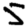
Digit: 5